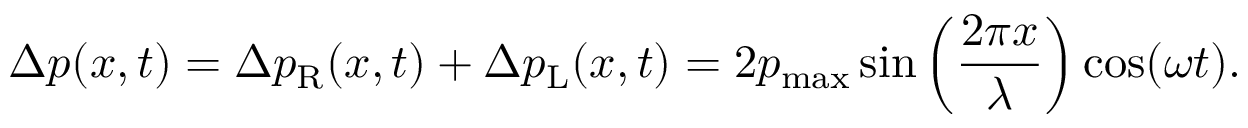
\Delta p ( x , t ) = \Delta p _ { \mathrm { R } } ( x , t ) + \Delta p _ { \mathrm { L } } ( x , t ) = 2 p _ { \mathrm { m a x } } \sin \left( { \frac { 2 \pi x } { \lambda } } \right) \cos ( \omega t ) .